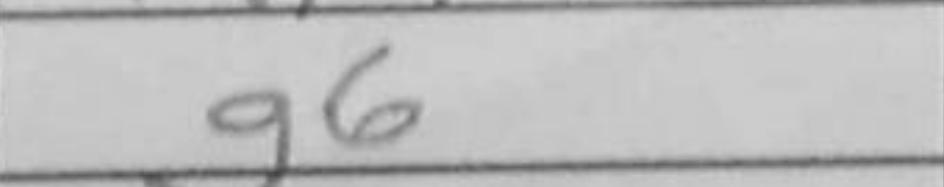
Transcription: g6